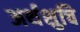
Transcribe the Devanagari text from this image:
अर्थशुचि